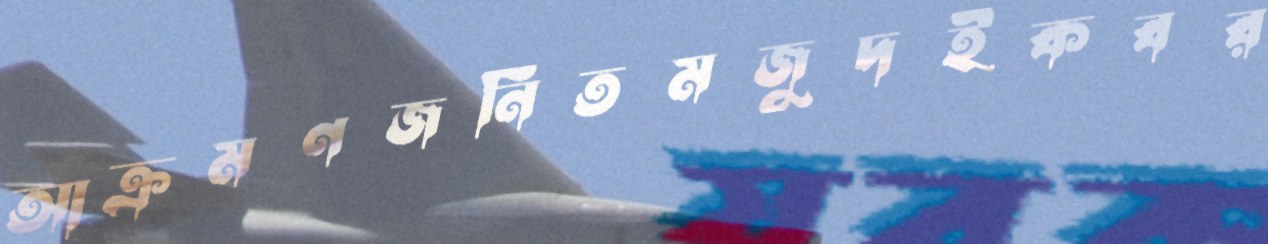
আক্রমণজনিতমজুদইকবর